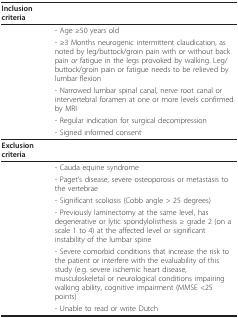
<table><thead><tr><td><b>Inclusion criteria</b></td><td></td></tr></thead><tbody><tr><td></td><td>- Age ≥50 years old</td></tr><tr><td></td><td>- ≥3 Months neurogenic intermittent claudication, as noted by leg/buttock/groin pain with or without back pain <i>or </i>fatigue in the legs provoked by walking. Leg/buttock/groin pain or fatigue needs to be relieved by lumbar flexion</td></tr><tr><td></td><td>- Narrowed lumbar spinal canal, nerve root canal or intervertebral foramen at one or more levels confirmed by MRI</td></tr><tr><td></td><td>- Regular indication for surgical decompression</td></tr><tr><td></td><td>- Signed informed consent</td></tr><tr><td><b>Exclusion criteria</b></td><td></td></tr><tr><td></td><td>- Cauda equine syndrome</td></tr><tr><td></td><td>- Paget&#x27;s disease, severe osteoporosis or metastasis to the vertebrae</td></tr><tr><td></td><td>- Significant scoliosis (Cobb angle &gt; 25 degrees)</td></tr><tr><td></td><td>- Previously laminectomy at the same level, has degenerative or lytic spondylolisthesis ≥ grade 2 (on a scale 1 to 4) at the affected level or significant instability of the lumbar spine</td></tr><tr><td></td><td>- Severe comorbid conditions that increase the risk to the patient or interfere with the evaluability of this study (e.g. severe ischemic heart disease, musculoskeletal or neurological conditions impairing walking ability, cognitive impairment (MMSE &lt;25 points)</td></tr><tr><td></td><td>- Unable to read or write Dutch</td></tr></tbody></table>